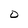
Character: D